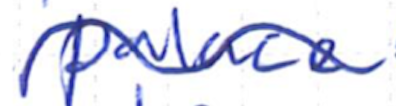
Text: palace
Cross-out: wave
Writing tool: ballpoint